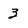
Character: 3